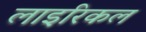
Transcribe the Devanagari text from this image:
लाइरिकल